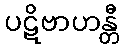
ပဋိဗာဟန္တီ